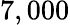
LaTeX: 7,000